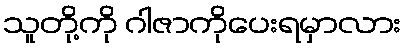
သူတို့ကို ဂါဇာကိုပေးရမှာလား